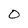
Character: 0